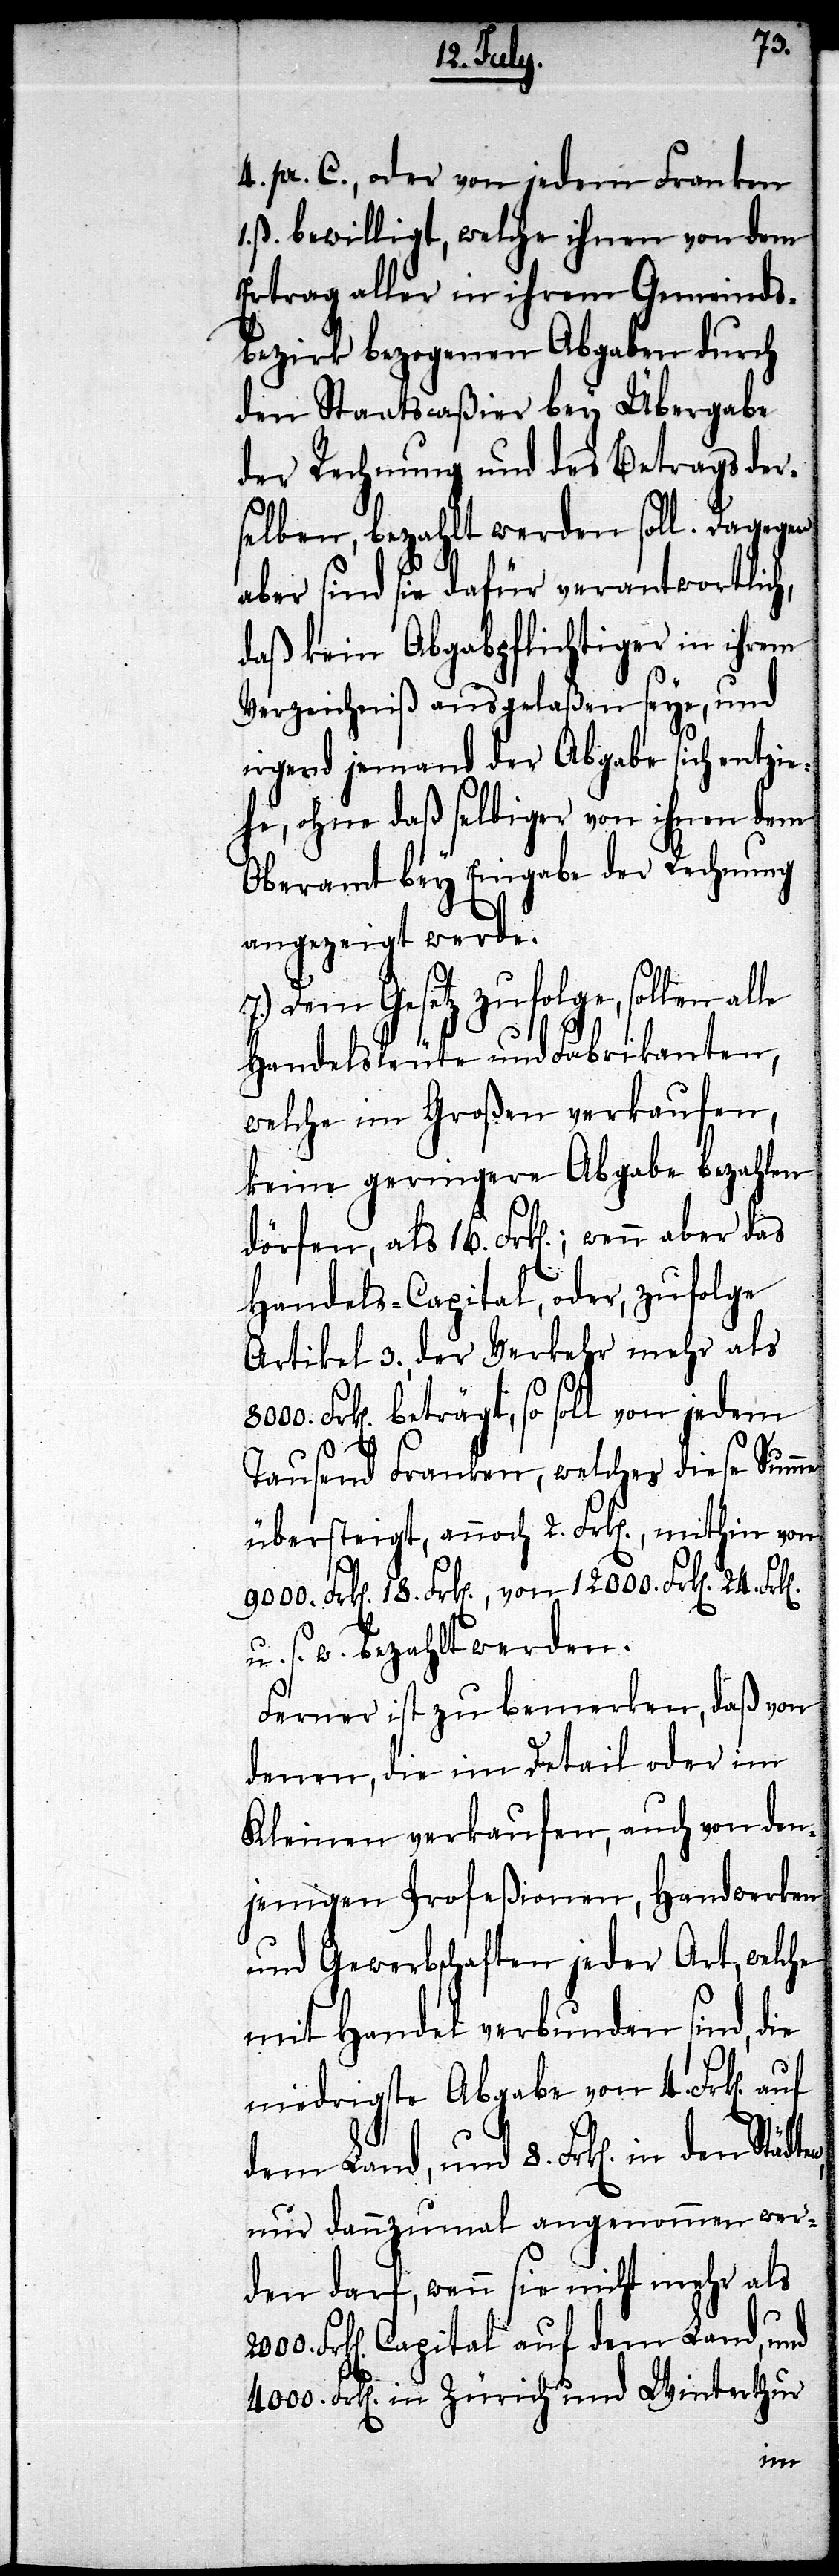
18.
4. pr. C., oder von jedem Franken
ß. bewilligt, welche ihnen von dem
Ertrag aller in ihrem Gemeinds¬
bezirk bezogenen Abgaben durch
den Staatscaßier bey Übergabe
der Rechnung und des Betrags der¬
selben, bezahlt werden soll. Dagegen
aber sind sie dafür verantwortlich,
daß kein Abgabpflichtiger in ihrem
Verzeichniß ausgelaßen seye, und
irgend jemand der Abgabe sich entzie¬
he, ohne daß selbiger von ihnen dem
Oberamt bey Eingabe der Rechnung
24.
angezeigt werde.
7.) Dem Gesetz zufolge, sollen alle
Handelsleute und Fabrikanten,
welche im Großen verkaufen,
keine geringere Abgabe bezahlen
Handels-Capital, oder, zufolge
Artikel 3., der Verkehrt mehr als
Frk[en]. beträgt, so soll von jedem
Tausend Franken, welches diese Summe
übersteigt, auch 2. Frk[en]., mithin von
u. s. w. bezahlt werden.
Ferner ist zu bemerken, daß von
denen, die im Detail oder im
Kleinen verkaufen, auch von den¬
jenigen Profeßionen, Handwerken
und Gewerbschaften jeder Art, welche
mit Handel verbunden sind, die
niedrigste Abgabe von 4. Frk[en].
dem Land, und 8. Frk[en]. in den
nur dannzumal angenommen wer¬
den darf, wenn sie nicht mehr als
Frk[en]. Capital auf dem Land, und
4000. Frk[en]. in Zürich und Winterthur
von